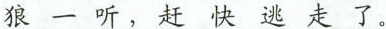
狼一听，赶快逃走了。